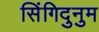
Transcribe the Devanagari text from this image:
सिंगिदुनुम